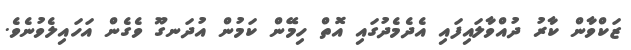
ޒަކްވާން ކާރު ދުއްވާލައިފައި އެދެމެދުގައި އޮތް ހިމޭން ކަމުން އުދަނގޫ ވެގެން އަހައިލެވުނެވެ.